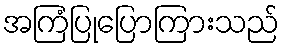
အကြံပြုပြောကြားသည်